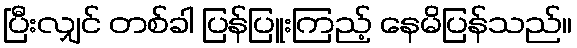
ပြီးလျှင် တစ်ခါ ပြန်ပြူးကြည့် နေမိပြန်သည်။